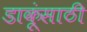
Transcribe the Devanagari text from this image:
डाकूंसाठी